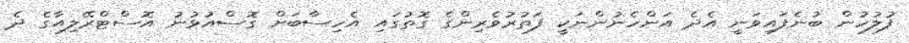
ފުލުހުން ބުނެފައިވަނީ އެދެ އަންހެނުންނަކީ ފަތުރުވެރިންގެ ގޮތުގައި އެހިސާބަށް ގޮސްއުޅުނު އޮސްޓްރޭލިއާގެ ދެ